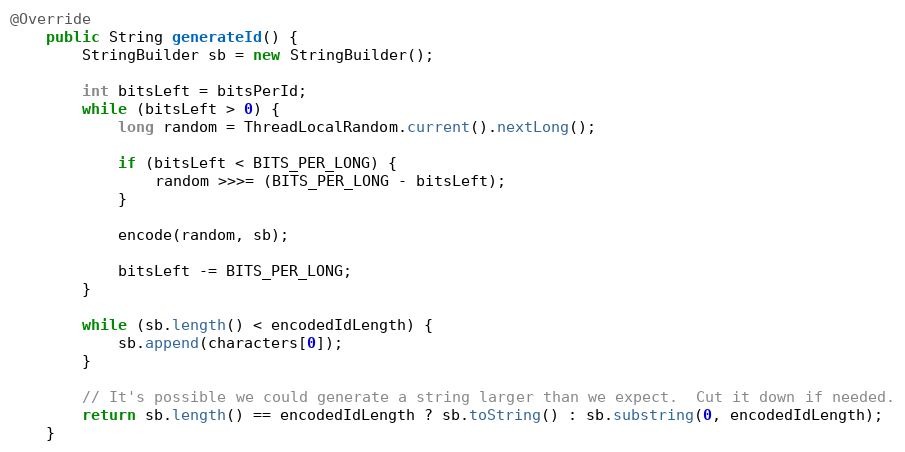
Language: Java
@Override
    public String generateId() {
        StringBuilder sb = new StringBuilder();

        int bitsLeft = bitsPerId;
        while (bitsLeft > 0) {
            long random = ThreadLocalRandom.current().nextLong();

            if (bitsLeft < BITS_PER_LONG) {
                random >>>= (BITS_PER_LONG - bitsLeft);
            }

            encode(random, sb);

            bitsLeft -= BITS_PER_LONG;
        }

        while (sb.length() < encodedIdLength) {
            sb.append(characters[0]);
        }

        // It's possible we could generate a string larger than we expect.  Cut it down if needed.
        return sb.length() == encodedIdLength ? sb.toString() : sb.substring(0, encodedIdLength);
    }